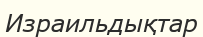
Израильдықтар